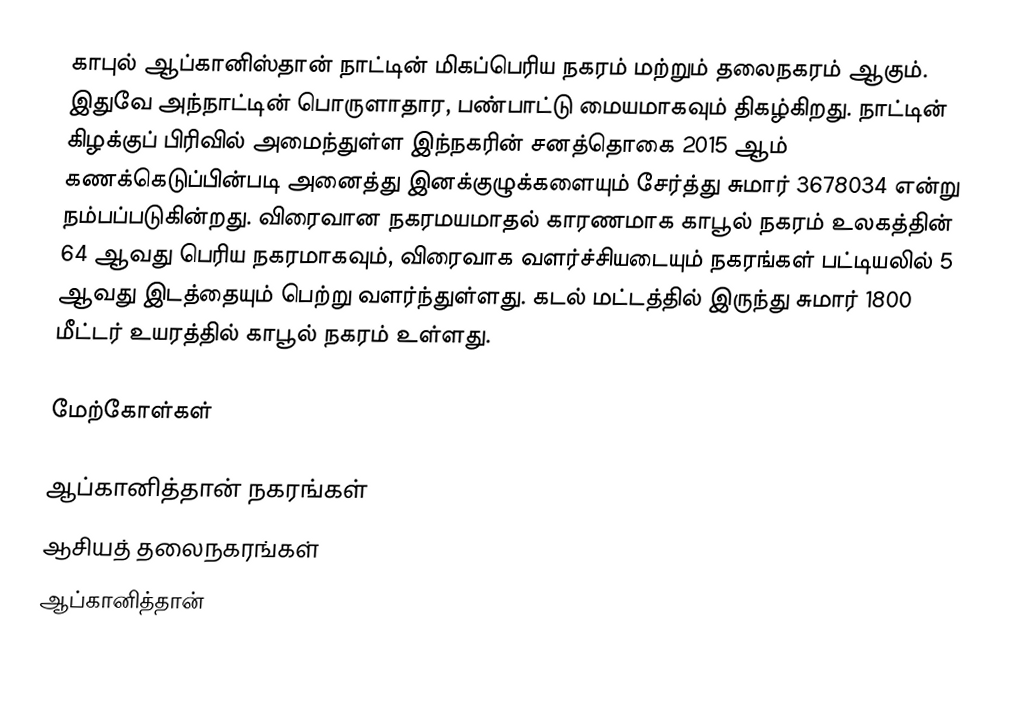
காபுல் ஆப்கானிஸ்தான் நாட்டின் மிகப்பெரிய நகரம் மற்றும் தலைநகரம் ஆகும். இதுவே அந்நாட்டின் பொருளாதார, பண்பாட்டு மையமாகவும் திகழ்கிறது. நாட்டின் கிழக்குப் பிரிவில் அமைந்துள்ள இந்நகரின் சனத்தொகை 2015 ஆம் கணக்கெடுப்பின்படி அனைத்து இனக்குழுக்களையும் சேர்த்து சுமார் 3678034 என்று நம்பப்படுகின்றது. விரைவான நகரமயமாதல் காரணமாக காபூல் நகரம் உலகத்தின் 64 ஆவது பெரிய நகரமாகவும், விரைவாக வளர்ச்சியடையும் நகரங்கள் பட்டியலில் 5 ஆவது  இடத்தையும் பெற்று வளர்ந்துள்ளது. கடல் மட்டத்தில் இருந்து சுமார் 1800 மீட்டர் உயரத்தில் காபூல் நகரம் உள்ளது.

மேற்கோள்கள்

ஆப்கானித்தான் நகரங்கள்
ஆசியத் தலைநகரங்கள்
ஆப்கானித்தான்